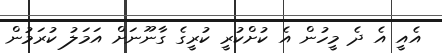
އެއީ އެ ދެ މީހުން އެ ކުށްކުރީ ކުރީގެ ގާނޫނަށް އަމަލު ކުރަމުން